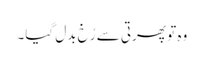
وہ تو پھرتی سے رُخ بدل گیا۔